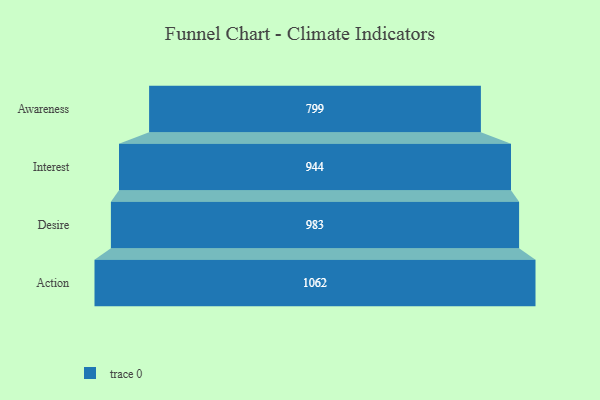
{"axis": {"x": "Stage", "y": "Value"}, "legend": [""], "data": [{"x": "Awareness", "y": 799.0, "type": ""}, {"x": "Interest", "y": 944.0, "type": ""}, {"x": "Desire", "y": 983.0, "type": ""}, {"x": "Action", "y": 1062.0, "type": ""}]}